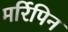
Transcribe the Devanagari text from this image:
मर्रिपिन